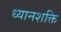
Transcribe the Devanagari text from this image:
ध्यानशक्ति